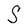
Character: S